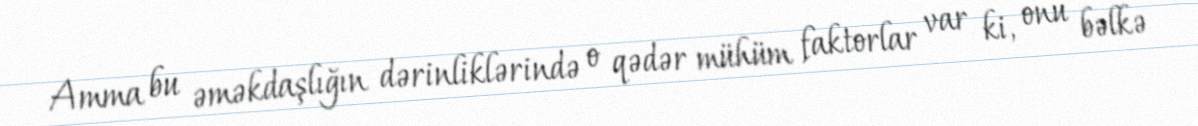
Amma bu əməkdaşlığın dərinliklərində o qədər mühüm faktorlar var ki, onu bəlkə